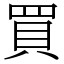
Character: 買